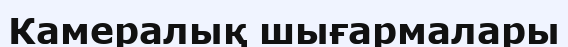
Камералық шығармалары